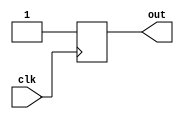
module initial_block_with_delay (
    input wire clk,
    output reg out
);

reg in;

initial begin
    #10; // delay of 10 time units before executing the following block
    in = 1'b1;
    out = 1'b0;
end

always @(posedge clk) begin
    out <= in;
end

endmodule